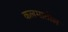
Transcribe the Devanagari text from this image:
कलमातील